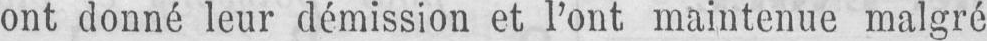
ont donné leur démission et l’ont maintenue malgré